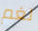
لغم